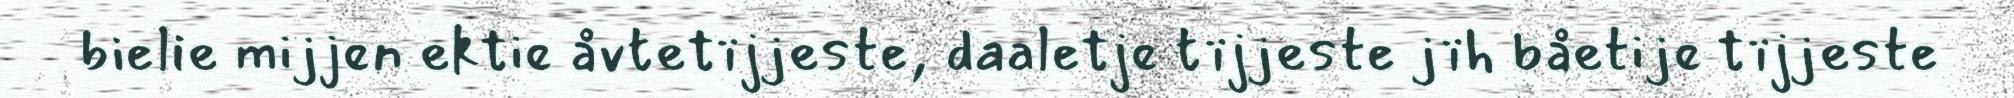
bielie mijjen ektie åvtetïjjeste, daaletje tïjjeste jïh båetije tïjjeste